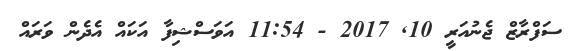
ސަފްރާޒް ޖެނުއަރީ 10